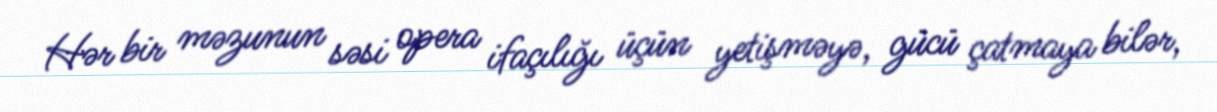
Hər bir məzunun səsi opera ifaçılığı üçün yetişməyə, gücü çatmaya bilər,